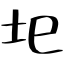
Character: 圯